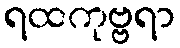
ရထကုဗ္ဗရာ